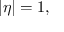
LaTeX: | \eta | = 1 ,